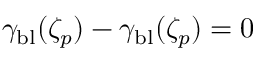
\gamma _ { \mathrm { b l } } ( \zeta _ { p } ) - \gamma _ { \mathrm { b l } } ( \zeta _ { p } ) = 0